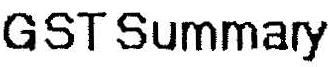
GST SUMMARY